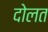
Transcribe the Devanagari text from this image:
दोलत